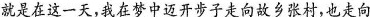
就是在这一天，我在梦中迈开步子走向